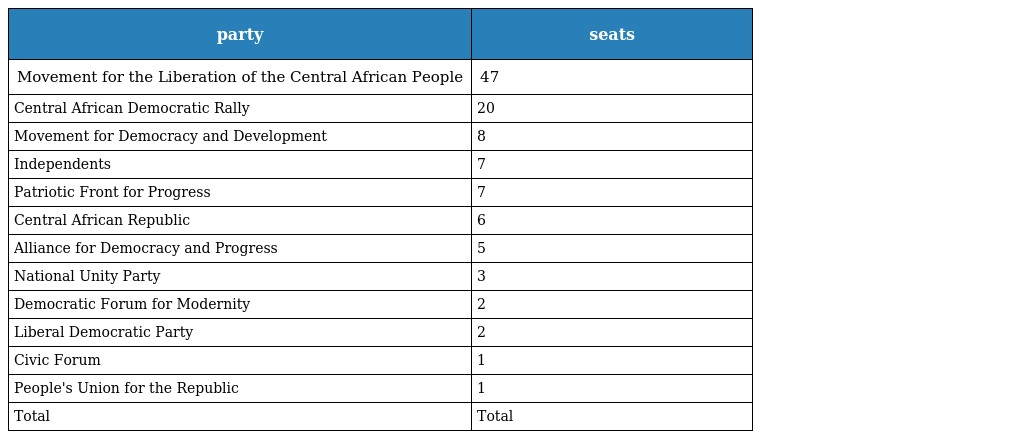
| party | seats |
 | --- | --- |
 | Movement for the Liberation of the Central African People | 47 |
 | Central African Democratic Rally | 20 |
 | Movement for Democracy and Development | 8 |
 | Independents | 7 |
 | Patriotic Front for Progress | 7 |
 | Central African Republic | 6 |
 | Alliance for Democracy and Progress | 5 |
 | National Unity Party | 3 |
 | Democratic Forum for Modernity | 2 |
 | Liberal Democratic Party | 2 |
 | Civic Forum | 1 |
 | People's Union for the Republic | 1 |
 | Total | Total |